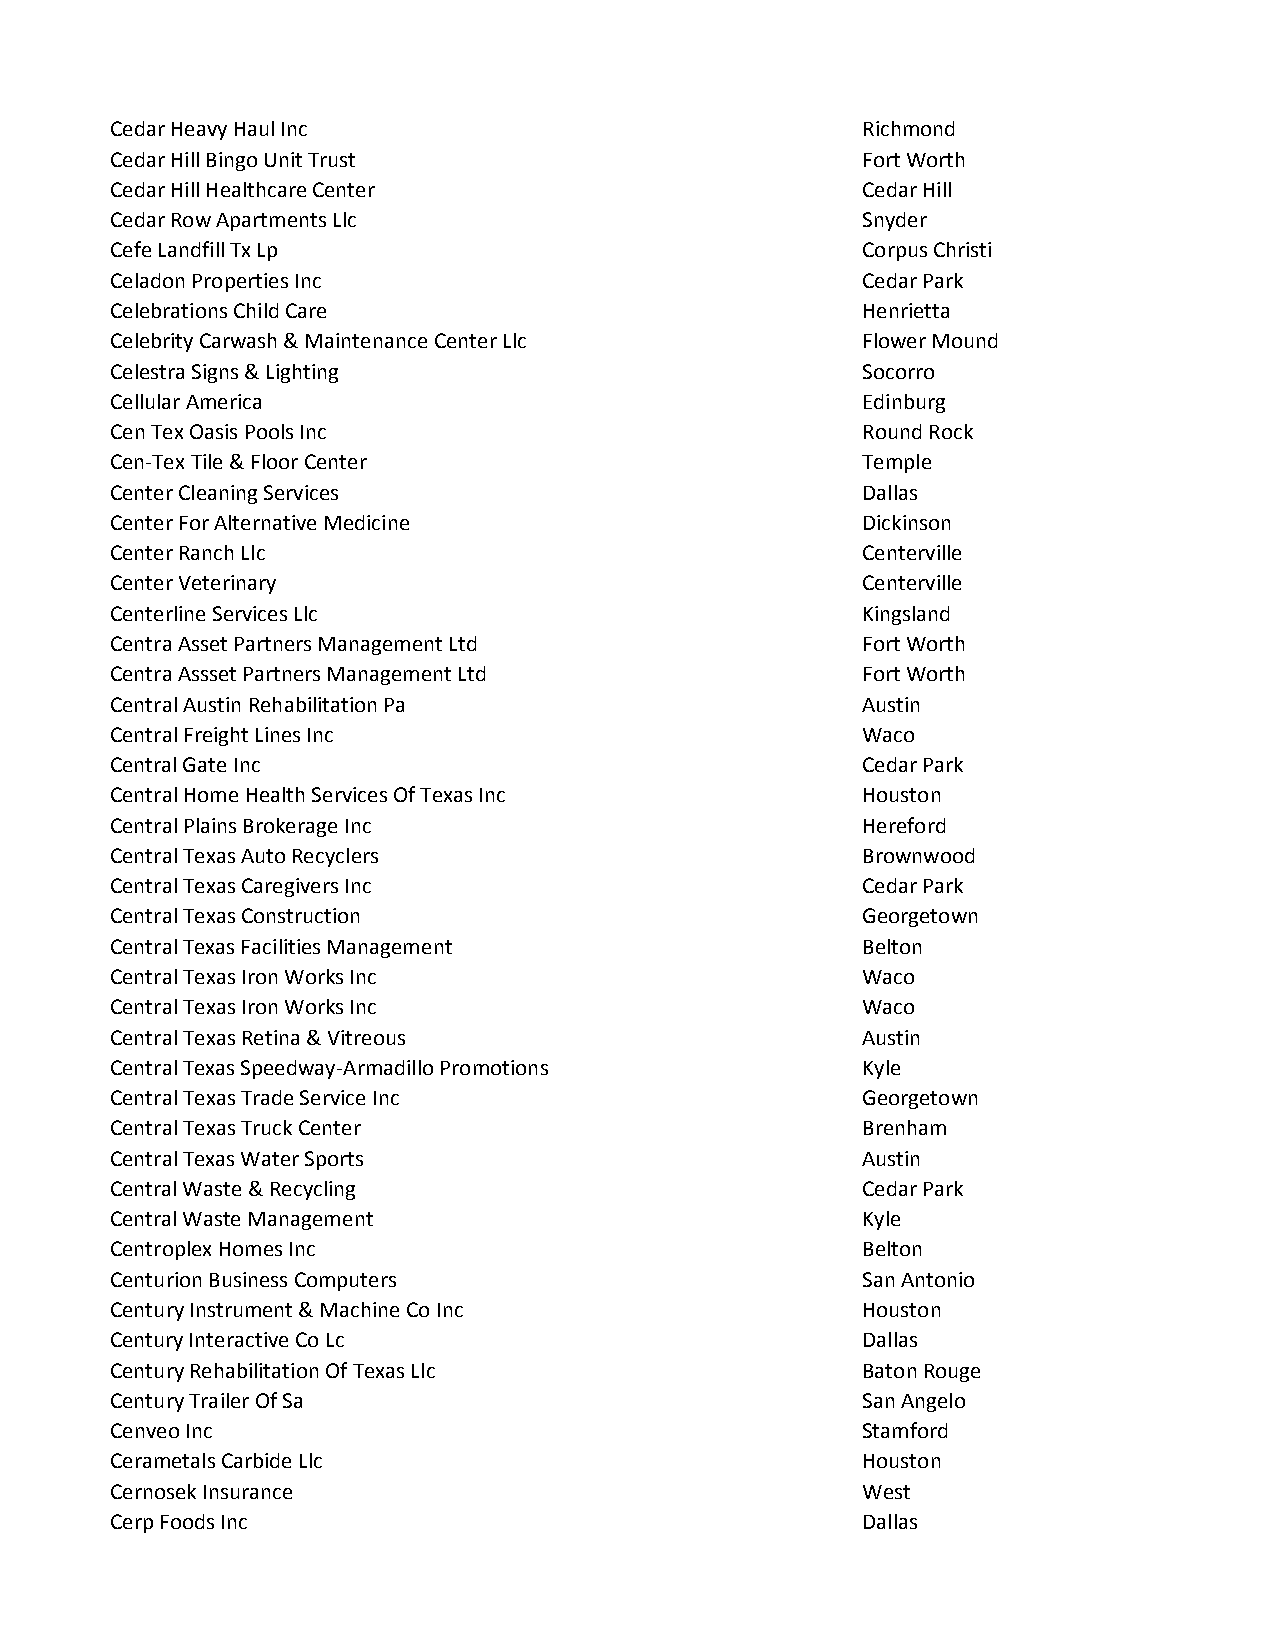
Cedar Heavy Haul Inc                              Richmond
 Cedar Hill Bingo Unit Trust                       Fort Worth
 Cedar Hill Healthcare Center                      Cedar Hill
 Cedar Row Apartments Llc                          Snyder
 Cefe Landfill Tx Lp                               Corpus Christi
 Celadon Properties Inc                            Cedar Park
 Celebrations Child Care                           Henrietta
 Celebrity Carwash & Maintenance Center Llc        Flower Mound
 Celestra Signs & Lighting                         Socorro
 Cellular America                                  Edinburg
 Cen Tex Oasis Pools Inc                           Round Rock
 Cen-Tex Tile & Floor Center                       Temple
 Center Cleaning Services                          Dallas
 Center For Alternative Medicine                   Dickinson
 Center Ranch Llc                                  Centerville
 Center Veterinary                                 Centerville
 Centerline Services Llc                           Kingsland
 Centra Asset Partners Management Ltd              Fort Worth
 Centra Assset Partners Management Ltd             Fort Worth
 Central Austin Rehabilitation Pa                  Austin
 Central Freight Lines Inc                         Waco
 Central Gate Inc                                  Cedar Park
 Central Home Health Services Of Texas Inc         Houston
 Central Plains Brokerage Inc                      Hereford
 Central Texas Auto Recyclers                      Brownwood
 Central Texas Caregivers Inc                      Cedar Park
 Central Texas Construction                        Georgetown
 Central Texas Facilities Management               Belton
 Central Texas Iron Works Inc                      Waco
 Central Texas Iron Works Inc                      Waco
 Central Texas Retina & Vitreous                   Austin
 Central Texas Speedway-Armadillo Promotions       Kyle
 Central Texas Trade Service Inc                   Georgetown
 Central Texas Truck Center                        Brenham
 Central Texas Water Sports                        Austin
 Central Waste & Recycling                         Cedar Park
 Central Waste Management                          Kyle
 Centroplex Homes Inc                              Belton
 Centurion Business Computers                      San Antonio
 Century Instrument & Machine Co Inc               Houston
 Century Interactive Co Lc                         Dallas
 Century Rehabilitation Of Texas Llc               Baton Rouge
 Century Trailer Of Sa                             San Angelo
 Cenveo Inc                                        Stamford
 Cerametals Carbide Llc                            Houston
 Cernosek Insurance                                West
 Cerp Foods Inc                                    Dallas